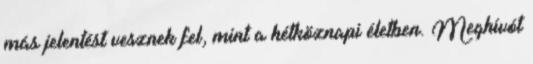
más jelentést vesznek fel, mint a hétköznapi életben. Meghívót